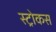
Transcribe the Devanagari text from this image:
स्ट्रोकस